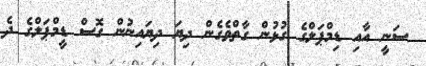
ސަނީ އާއި ޑިމްޕަލްގެ ގުޅުން ގާތްވެގެން ދިޔަ ދިޔައިނުން ގޮސް ޑީމްޕަލްގެ ދެ